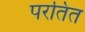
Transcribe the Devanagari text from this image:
परतित